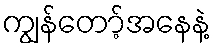
ကျွန်တော့်အနေနဲ့